Indian journal of veterinary science and animal husbandry - Volumes 18-21, 1948-1951
Year: 1948
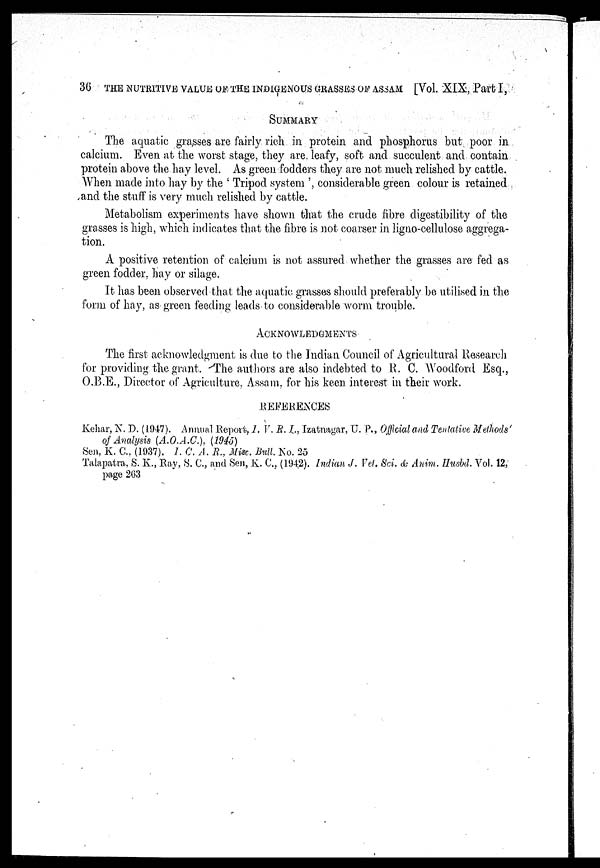
30 THE NUTRITIVE VALUE OF THE INDIGENOUS GRASSES OF ASSAM [VOL. XIX, PART I,
SUMMARY
The aquatic grasses are fairly rich in protein and phosphorus but poor in
calcium. Even at the worst stage, they are leafy, soft and succulent and contain
protein above the hay level. As green fodders they are not much relished by cattle.
When made into hay by the 'Tripod system', considerable green colour is retained
and the stuff is very much relished by cattle.
Metabolism experiments have shown that the crude fibre digestibility of the
grasses is high, which indicates that the fibre is not coarser in ligno-cellulose aggrega-
tion.
A positive retention of calcium is not assured whether the grasses are fed as
green fodder, hay or silage.
It has been observed that the aquatic grasses should preferably be utilised in the
form of hay, as green feeding leads to considerable worm trouble.
ACKNOWLEDGMENTS
The first acknowledgment is due to the Indian Council of Agricultural Research
for providing the grant. The authors are also indebted to R. C. Woodford Esq.,
O.B.E., Director of Agriculture, Assam, for his keen interest in their work.
REFERENCES
Kehar, N. D. (1947). Annual Report, I. V. R. I., Izatnagar, U. P., Official and Tentative Methods
of Analysis (A.O.A.C.), (1945)
Sen, K. C., (1937). I. C. A. R., Misc. Bull. No. 25
Talapatra, S. K., Ray, S. C., and Sen, K. C., (1942). Indian J. Vet. Sci. & Anim. Husbd. Vol. 12,
page 263